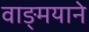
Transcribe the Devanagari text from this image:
वाङ्मयाने